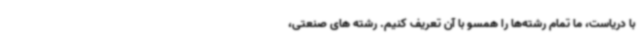
با دریاست، ما تمام رشته‌ها را همسو با آن تعریف کنیم. رشته های صنعتی،